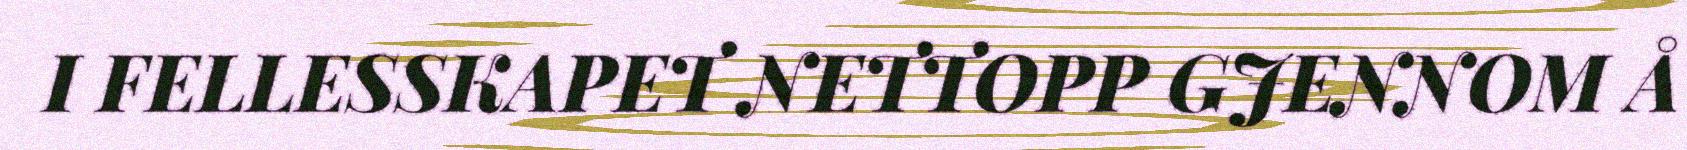
I FELLESSKAPET NETTOPP GJENNOM Å